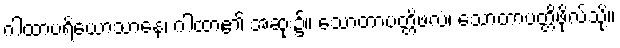
ဂါထာပရိယောသာနေ၊ ဂါထာ၏ အဆုံး၌။ သောတာပတ္တိဖလံ၊ သောတာပတ္တိဖိုလ်သို့။